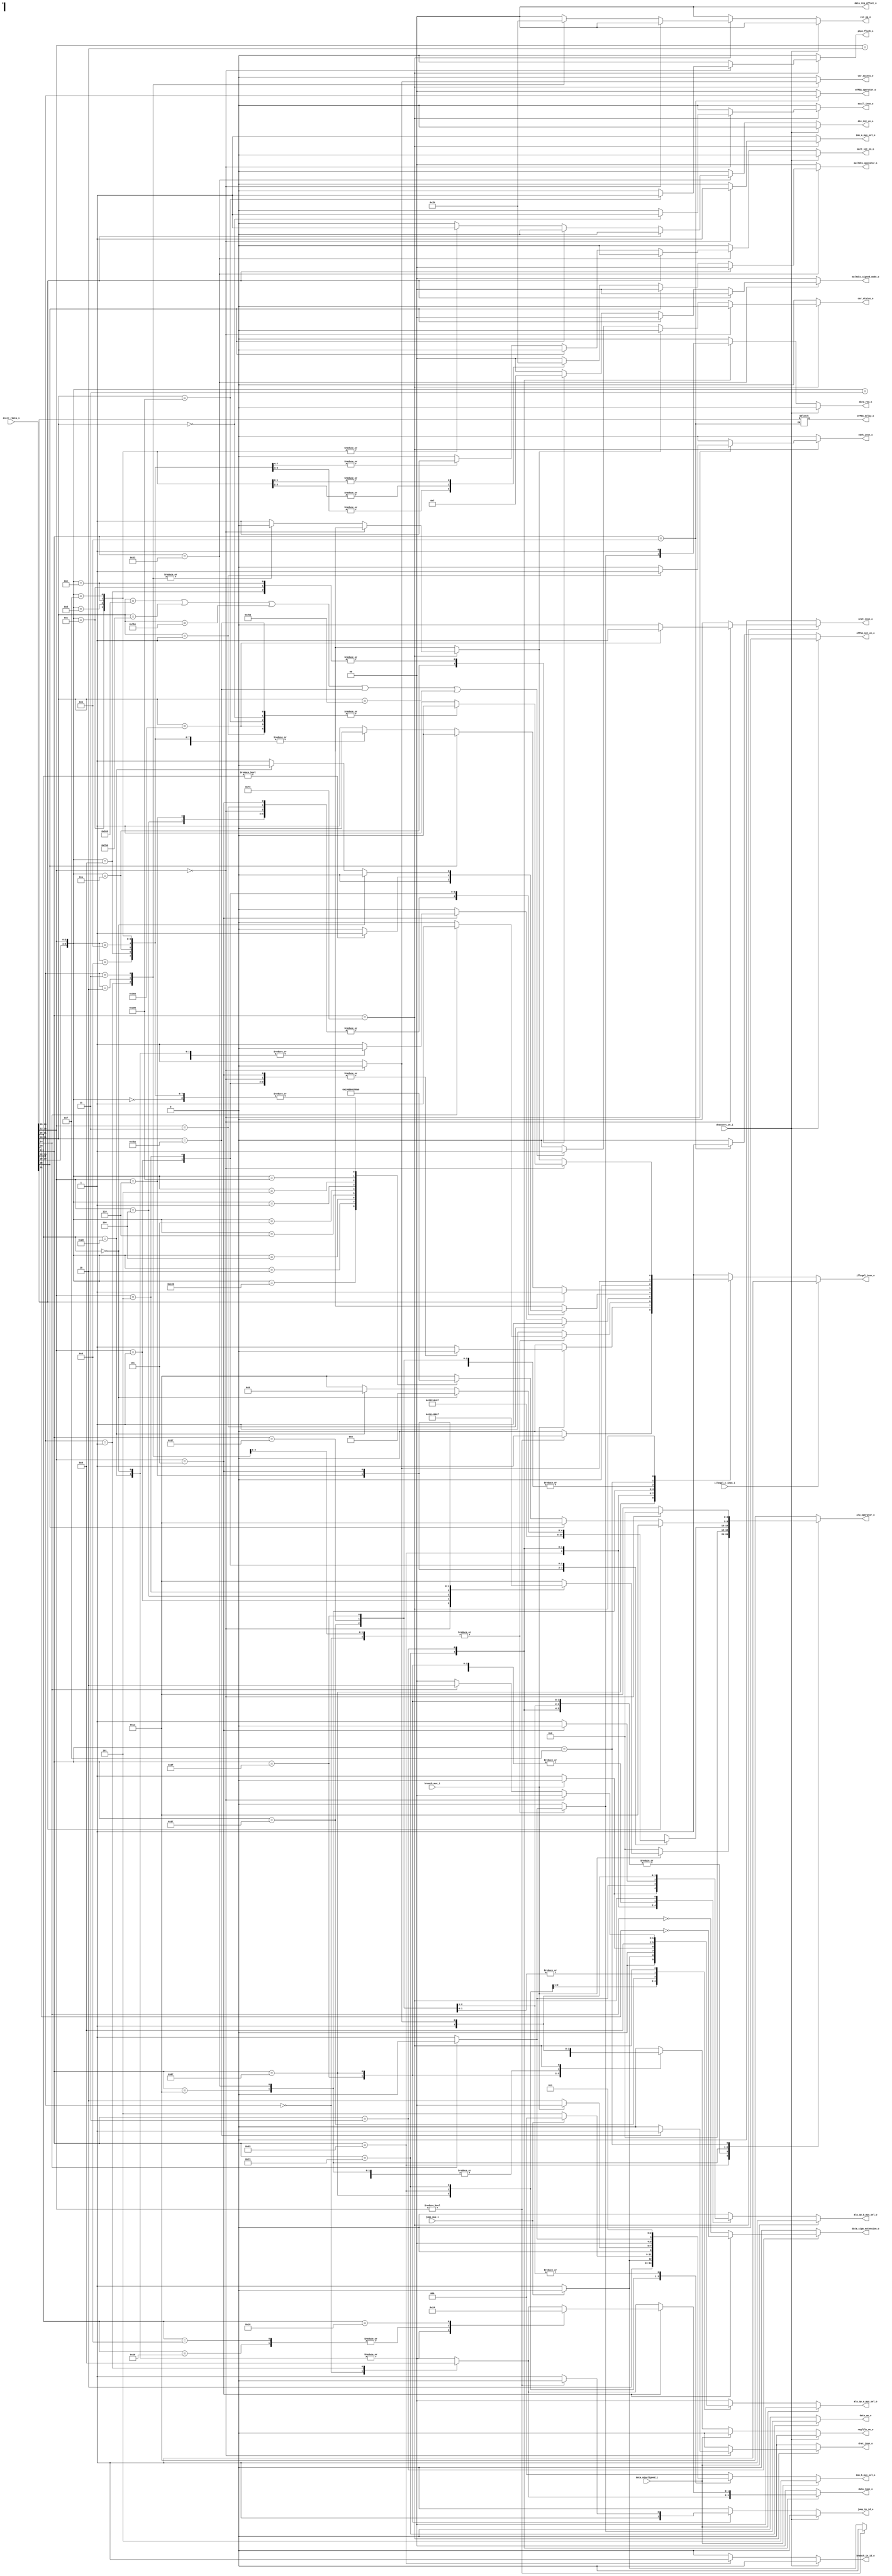
// Copyright lowRISC contributors.
// Copyright 2017 ETH Zurich and University of Bologna.
// Licensed under the Apache License, Version 2.0, see LICENSE for details.
// SPDX-License-Identifier: Apache-2.0

////////////////////////////////////////////////////////////////////////////////
//                                                                            //
// Additional contributions by:                                               //
//                 Sven Stucki - svstucki@student.ethz.ch                     //
//                                                                            //
//                                                                            //
// Design Name:    RISC-V processor core                                      //
// Project Name:   ibex                                                       //
// Language:       SystemVerilog                                              //
//                                                                            //
// Description:    Defines for various constants used by the processor core.  //
//                                                                            //
////////////////////////////////////////////////////////////////////////////////

module ibex_decoder (
	deassert_we_i,
	data_misaligned_i,
	branch_mux_i,
	jump_mux_i,
	illegal_insn_o,
	ebrk_insn_o,
	mret_insn_o,
	dret_insn_o,
	ecall_insn_o,
	pipe_flush_o,
	instr_rdata_i,
	illegal_c_insn_i,
	alu_operator_o,
	alu_op_a_mux_sel_o,
	alu_op_b_mux_sel_o,
	imm_a_mux_sel_o,
	imm_b_mux_sel_o,
	mult_int_en_o,
	div_int_en_o,
	multdiv_operator_o,
	multdiv_signed_mode_o,
	regfile_we_o,
	csr_access_o,
	csr_op_o,
	csr_status_o,
	data_req_o,
	data_we_o,
	data_type_o,
	data_sign_extension_o,
	data_reg_offset_o,
	jump_in_id_o,
	branch_in_id_o,
	eFPGA_operator_o,
	eFPGA_int_en_o,
	eFPGA_delay_o
);
	parameter [0:0] RV32M = 1;
	input wire deassert_we_i;
	input wire data_misaligned_i;
	input wire branch_mux_i;
	input wire jump_mux_i;
	output reg illegal_insn_o;
	output reg ebrk_insn_o;
	output reg mret_insn_o;
	output reg dret_insn_o;
	output reg ecall_insn_o;
	output reg pipe_flush_o;
	input wire [31:0] instr_rdata_i;
	input wire illegal_c_insn_i;
	output reg [4:0] alu_operator_o;
	output reg [1:0] alu_op_a_mux_sel_o;
	output reg alu_op_b_mux_sel_o;
	output reg imm_a_mux_sel_o;
	output reg [2:0] imm_b_mux_sel_o;
	output wire mult_int_en_o;
	output wire div_int_en_o;
	output reg [1:0] multdiv_operator_o;
	output reg [1:0] multdiv_signed_mode_o;
	output wire regfile_we_o;
	output reg csr_access_o;
	output wire [1:0] csr_op_o;
	output reg csr_status_o;
	output wire data_req_o;
	output reg data_we_o;
	output reg [1:0] data_type_o;
	output reg data_sign_extension_o;
	output reg [1:0] data_reg_offset_o;
	output wire jump_in_id_o;
	output wire branch_in_id_o;
	output reg [1:0] eFPGA_operator_o;
	output wire eFPGA_int_en_o;
	output reg [3:0] eFPGA_delay_o;
	reg regfile_we;
	reg data_req;
	reg mult_int_en;
	reg div_int_en;
	reg branch_in_id;
	reg jump_in_id;
	reg eFPGA_int_en;
	reg [1:0] csr_op;
	reg csr_illegal;
	reg [6:0] opcode;
	localparam [4:0] ibex_defines_ALU_ADD = 0;
	localparam [4:0] ibex_defines_ALU_AND = 4;
	localparam [4:0] ibex_defines_ALU_EQ = 16;
	localparam [4:0] ibex_defines_ALU_GE = 14;
	localparam [4:0] ibex_defines_ALU_GEU = 15;
	localparam [4:0] ibex_defines_ALU_LT = 8;
	localparam [4:0] ibex_defines_ALU_LTU = 9;
	localparam [4:0] ibex_defines_ALU_NE = 17;
	localparam [4:0] ibex_defines_ALU_OR = 3;
	localparam [4:0] ibex_defines_ALU_SLL = 7;
	localparam [4:0] ibex_defines_ALU_SLT = 18;
	localparam [4:0] ibex_defines_ALU_SLTU = 19;
	localparam [4:0] ibex_defines_ALU_SRA = 5;
	localparam [4:0] ibex_defines_ALU_SRL = 6;
	localparam [4:0] ibex_defines_ALU_SUB = 1;
	localparam [4:0] ibex_defines_ALU_XOR = 2;
	localparam [11:0] ibex_defines_CSR_DCSR = 12'h7b0;
	localparam [11:0] ibex_defines_CSR_DPC = 12'h7b1;
	localparam [11:0] ibex_defines_CSR_DSCRATCH0 = 12'h7b2;
	localparam [11:0] ibex_defines_CSR_DSCRATCH1 = 12'h7b3;
	localparam [11:0] ibex_defines_CSR_MSTATUS = 12'h300;
	localparam [1:0] ibex_defines_CSR_OP_CLEAR = 3;
	localparam [1:0] ibex_defines_CSR_OP_NONE = 0;
	localparam [1:0] ibex_defines_CSR_OP_SET = 2;
	localparam [1:0] ibex_defines_CSR_OP_WRITE = 1;
	localparam [0:0] ibex_defines_IMM_A_Z = 0;
	localparam [0:0] ibex_defines_IMM_A_ZERO = 1;
	localparam [2:0] ibex_defines_IMM_B_B = 2;
	localparam [2:0] ibex_defines_IMM_B_I = 0;
	localparam [2:0] ibex_defines_IMM_B_J = 4;
	localparam [2:0] ibex_defines_IMM_B_PCINCR = 5;
	localparam [2:0] ibex_defines_IMM_B_S = 1;
	localparam [2:0] ibex_defines_IMM_B_U = 3;
	localparam [1:0] ibex_defines_MD_OP_DIV = 2;
	localparam [1:0] ibex_defines_MD_OP_MULH = 1;
	localparam [1:0] ibex_defines_MD_OP_MULL = 0;
	localparam [1:0] ibex_defines_MD_OP_REM = 3;
	localparam [6:0] ibex_defines_OPCODE_AUIPC = 7'h17;
	localparam [6:0] ibex_defines_OPCODE_BRANCH = 7'h63;
	localparam [6:0] ibex_defines_OPCODE_FENCE = 7'h0f;
	localparam [6:0] ibex_defines_OPCODE_JAL = 7'h6f;
	localparam [6:0] ibex_defines_OPCODE_JALR = 7'h67;
	localparam [6:0] ibex_defines_OPCODE_LOAD = 7'h03;
	localparam [6:0] ibex_defines_OPCODE_LUI = 7'h37;
	localparam [6:0] ibex_defines_OPCODE_OP = 7'h33;
	localparam [6:0] ibex_defines_OPCODE_OPIMM = 7'h13;
	localparam [6:0] ibex_defines_OPCODE_STORE = 7'h23;
	localparam [6:0] ibex_defines_OPCODE_SYSTEM = 7'h73;
	localparam [6:0] ibex_defines_OPCODE_eFPGA = 7'h0b;
	localparam [1:0] ibex_defines_OP_A_CURRPC = 1;
	localparam [1:0] ibex_defines_OP_A_IMM = 2;
	localparam [1:0] ibex_defines_OP_A_REGA_OR_FWD = 0;
	localparam [0:0] ibex_defines_OP_B_IMM = 1;
	localparam [0:0] ibex_defines_OP_B_REGB_OR_FWD = 0;
	always @(*) begin
		jump_in_id = 1'b0;
		branch_in_id = 1'b0;
		alu_operator_o = ibex_defines_ALU_SLTU;
		alu_op_a_mux_sel_o = ibex_defines_OP_A_REGA_OR_FWD;
		alu_op_b_mux_sel_o = ibex_defines_OP_B_REGB_OR_FWD;
		imm_a_mux_sel_o = ibex_defines_IMM_A_ZERO;
		imm_b_mux_sel_o = ibex_defines_IMM_B_I;
		mult_int_en = 1'b0;
		div_int_en = 1'b0;
		multdiv_operator_o = ibex_defines_MD_OP_MULL;
		multdiv_signed_mode_o = 2'b00;
		eFPGA_int_en = 1'b0;
		eFPGA_operator_o = 2'b00;
		regfile_we = 1'b0;
		csr_access_o = 1'b0;
		csr_status_o = 1'b0;
		csr_illegal = 1'b0;
		csr_op = ibex_defines_CSR_OP_NONE;
		data_we_o = 1'b0;
		data_type_o = 2'b00;
		data_sign_extension_o = 1'b0;
		data_reg_offset_o = 2'b00;
		data_req = 1'b0;
		illegal_insn_o = 1'b0;
		ebrk_insn_o = 1'b0;
		mret_insn_o = 1'b0;
		dret_insn_o = 1'b0;
		ecall_insn_o = 1'b0;
		pipe_flush_o = 1'b0;
		opcode = instr_rdata_i[6:0];
		case (opcode)
			ibex_defines_OPCODE_JAL: begin
				jump_in_id = 1'b1;
				if (jump_mux_i) begin
					alu_op_a_mux_sel_o = ibex_defines_OP_A_CURRPC;
					alu_op_b_mux_sel_o = ibex_defines_OP_B_IMM;
					imm_b_mux_sel_o = ibex_defines_IMM_B_J;
					alu_operator_o = ibex_defines_ALU_ADD;
					regfile_we = 1'b0;
				end
				else begin
					alu_op_a_mux_sel_o = ibex_defines_OP_A_CURRPC;
					alu_op_b_mux_sel_o = ibex_defines_OP_B_IMM;
					imm_b_mux_sel_o = ibex_defines_IMM_B_PCINCR;
					alu_operator_o = ibex_defines_ALU_ADD;
					regfile_we = 1'b1;
				end
			end
			ibex_defines_OPCODE_JALR: begin
				jump_in_id = 1'b1;
				if (jump_mux_i) begin
					alu_op_a_mux_sel_o = ibex_defines_OP_A_REGA_OR_FWD;
					alu_op_b_mux_sel_o = ibex_defines_OP_B_IMM;
					imm_b_mux_sel_o = ibex_defines_IMM_B_I;
					alu_operator_o = ibex_defines_ALU_ADD;
					regfile_we = 1'b0;
				end
				else begin
					alu_op_a_mux_sel_o = ibex_defines_OP_A_CURRPC;
					alu_op_b_mux_sel_o = ibex_defines_OP_B_IMM;
					imm_b_mux_sel_o = ibex_defines_IMM_B_PCINCR;
					alu_operator_o = ibex_defines_ALU_ADD;
					regfile_we = 1'b1;
				end
				if (instr_rdata_i[14:12] != 3'b000) begin
					jump_in_id = 1'b0;
					regfile_we = 1'b0;
					illegal_insn_o = 1'b1;
				end
			end
			ibex_defines_OPCODE_BRANCH: begin
				branch_in_id = 1'b1;
				if (branch_mux_i)
					case (instr_rdata_i[14:12])
						3'b000: alu_operator_o = ibex_defines_ALU_EQ;
						3'b001: alu_operator_o = ibex_defines_ALU_NE;
						3'b100: alu_operator_o = ibex_defines_ALU_LT;
						3'b101: alu_operator_o = ibex_defines_ALU_GE;
						3'b110: alu_operator_o = ibex_defines_ALU_LTU;
						3'b111: alu_operator_o = ibex_defines_ALU_GEU;
						default: illegal_insn_o = 1'b1;
					endcase
				else begin
					alu_op_a_mux_sel_o = ibex_defines_OP_A_CURRPC;
					alu_op_b_mux_sel_o = ibex_defines_OP_B_IMM;
					imm_b_mux_sel_o = ibex_defines_IMM_B_B;
					alu_operator_o = ibex_defines_ALU_ADD;
					regfile_we = 1'b0;
				end
			end
			ibex_defines_OPCODE_STORE: begin
				data_req = 1'b1;
				data_we_o = 1'b1;
				alu_operator_o = ibex_defines_ALU_ADD;
				if (!instr_rdata_i[14]) begin
					imm_b_mux_sel_o = ibex_defines_IMM_B_S;
					alu_op_b_mux_sel_o = ibex_defines_OP_B_IMM;
				end
				else begin
					data_req = 1'b0;
					data_we_o = 1'b0;
					illegal_insn_o = 1'b1;
				end
				case (instr_rdata_i[13:12])
					2'b00: data_type_o = 2'b10;
					2'b01: data_type_o = 2'b01;
					2'b10: data_type_o = 2'b00;
					default: begin
						data_req = 1'b0;
						data_we_o = 1'b0;
						illegal_insn_o = 1'b1;
					end
				endcase
			end
			ibex_defines_OPCODE_LOAD: begin
				data_req = 1'b1;
				regfile_we = 1'b1;
				data_type_o = 2'b00;
				alu_operator_o = ibex_defines_ALU_ADD;
				alu_op_b_mux_sel_o = ibex_defines_OP_B_IMM;
				imm_b_mux_sel_o = ibex_defines_IMM_B_I;
				data_sign_extension_o = ~instr_rdata_i[14];
				case (instr_rdata_i[13:12])
					2'b00: data_type_o = 2'b10;
					2'b01: data_type_o = 2'b01;
					2'b10: data_type_o = 2'b00;
					default: data_type_o = 2'b00;
				endcase
				if (instr_rdata_i[14:12] == 3'b111) begin
					alu_op_b_mux_sel_o = ibex_defines_OP_B_REGB_OR_FWD;
					data_sign_extension_o = ~instr_rdata_i[30];
					case (instr_rdata_i[31:25])
						7'b0000000, 7'b0100000: data_type_o = 2'b10;
						7'b0001000, 7'b0101000: data_type_o = 2'b01;
						7'b0010000: data_type_o = 2'b00;
						default: illegal_insn_o = 1'b1;
					endcase
				end
				if (instr_rdata_i[14:12] == 3'b011)
					illegal_insn_o = 1'b1;
			end
			ibex_defines_OPCODE_LUI: begin
				alu_op_a_mux_sel_o = ibex_defines_OP_A_IMM;
				alu_op_b_mux_sel_o = ibex_defines_OP_B_IMM;
				imm_a_mux_sel_o = ibex_defines_IMM_A_ZERO;
				imm_b_mux_sel_o = ibex_defines_IMM_B_U;
				alu_operator_o = ibex_defines_ALU_ADD;
				regfile_we = 1'b1;
			end
			ibex_defines_OPCODE_AUIPC: begin
				alu_op_a_mux_sel_o = ibex_defines_OP_A_CURRPC;
				alu_op_b_mux_sel_o = ibex_defines_OP_B_IMM;
				imm_b_mux_sel_o = ibex_defines_IMM_B_U;
				alu_operator_o = ibex_defines_ALU_ADD;
				regfile_we = 1'b1;
			end
			ibex_defines_OPCODE_OPIMM: begin
				alu_op_b_mux_sel_o = ibex_defines_OP_B_IMM;
				imm_b_mux_sel_o = ibex_defines_IMM_B_I;
				regfile_we = 1'b1;
				case (instr_rdata_i[14:12])
					3'b000: alu_operator_o = ibex_defines_ALU_ADD;
					3'b010: alu_operator_o = ibex_defines_ALU_SLT;
					3'b011: alu_operator_o = ibex_defines_ALU_SLTU;
					3'b100: alu_operator_o = ibex_defines_ALU_XOR;
					3'b110: alu_operator_o = ibex_defines_ALU_OR;
					3'b111: alu_operator_o = ibex_defines_ALU_AND;
					3'b001: begin
						alu_operator_o = ibex_defines_ALU_SLL;
						if (instr_rdata_i[31:25] != 7'b0000000)
							illegal_insn_o = 1'b1;
					end
					3'b101:
						if (instr_rdata_i[31:25] == 7'b0000000)
							alu_operator_o = ibex_defines_ALU_SRL;
						else if (instr_rdata_i[31:25] == 7'b0100000)
							alu_operator_o = ibex_defines_ALU_SRA;
						else
							illegal_insn_o = 1'b1;
					default:
						;
				endcase
			end
			ibex_defines_OPCODE_OP: begin
				regfile_we = 1'b1;
				if (instr_rdata_i[31])
					illegal_insn_o = 1'b1;
				else if (!instr_rdata_i[28])
					case ({instr_rdata_i[30:25], instr_rdata_i[14:12]})
						9'b000000000: alu_operator_o = ibex_defines_ALU_ADD;
						9'b100000000: alu_operator_o = ibex_defines_ALU_SUB;
						9'b000000010: alu_operator_o = ibex_defines_ALU_SLT;
						9'b000000011: alu_operator_o = ibex_defines_ALU_SLTU;
						9'b000000100: alu_operator_o = ibex_defines_ALU_XOR;
						9'b000000110: alu_operator_o = ibex_defines_ALU_OR;
						9'b000000111: alu_operator_o = ibex_defines_ALU_AND;
						9'b000000001: alu_operator_o = ibex_defines_ALU_SLL;
						9'b000000101: alu_operator_o = ibex_defines_ALU_SRL;
						9'b100000101: alu_operator_o = ibex_defines_ALU_SRA;
						9'b000001000: begin
							alu_operator_o = ibex_defines_ALU_ADD;
							multdiv_operator_o = ibex_defines_MD_OP_MULL;
							mult_int_en = 1'b1;
							multdiv_signed_mode_o = 2'b00;
							illegal_insn_o = (RV32M ? 1'b0 : 1'b1);
						end
						9'b000001001: begin
							alu_operator_o = ibex_defines_ALU_ADD;
							multdiv_operator_o = ibex_defines_MD_OP_MULH;
							mult_int_en = 1'b1;
							multdiv_signed_mode_o = 2'b11;
							illegal_insn_o = (RV32M ? 1'b0 : 1'b1);
						end
						9'b000001010: begin
							alu_operator_o = ibex_defines_ALU_ADD;
							multdiv_operator_o = ibex_defines_MD_OP_MULH;
							mult_int_en = 1'b1;
							multdiv_signed_mode_o = 2'b01;
							illegal_insn_o = (RV32M ? 1'b0 : 1'b1);
						end
						9'b000001011: begin
							alu_operator_o = ibex_defines_ALU_ADD;
							multdiv_operator_o = ibex_defines_MD_OP_MULH;
							mult_int_en = 1'b1;
							multdiv_signed_mode_o = 2'b00;
							illegal_insn_o = (RV32M ? 1'b0 : 1'b1);
						end
						9'b000001100: begin
							alu_operator_o = ibex_defines_ALU_ADD;
							multdiv_operator_o = ibex_defines_MD_OP_DIV;
							div_int_en = 1'b1;
							multdiv_signed_mode_o = 2'b11;
							illegal_insn_o = (RV32M ? 1'b0 : 1'b1);
						end
						9'b000001101: begin
							alu_operator_o = ibex_defines_ALU_ADD;
							multdiv_operator_o = ibex_defines_MD_OP_DIV;
							div_int_en = 1'b1;
							multdiv_signed_mode_o = 2'b00;
							illegal_insn_o = (RV32M ? 1'b0 : 1'b1);
						end
						9'b000001110: begin
							alu_operator_o = ibex_defines_ALU_ADD;
							multdiv_operator_o = ibex_defines_MD_OP_REM;
							div_int_en = 1'b1;
							multdiv_signed_mode_o = 2'b11;
							illegal_insn_o = (RV32M ? 1'b0 : 1'b1);
						end
						9'b000001111: begin
							alu_operator_o = ibex_defines_ALU_ADD;
							multdiv_operator_o = ibex_defines_MD_OP_REM;
							div_int_en = 1'b1;
							multdiv_signed_mode_o = 2'b00;
							illegal_insn_o = (RV32M ? 1'b0 : 1'b1);
						end
						default: illegal_insn_o = 1'b1;
					endcase
			end
			ibex_defines_OPCODE_eFPGA: begin
				regfile_we = 1'b1;
				eFPGA_operator_o = instr_rdata_i[13:12];
				eFPGA_delay_o = instr_rdata_i[28:25];
				eFPGA_int_en = 1'b1;
			end
			ibex_defines_OPCODE_FENCE:
				if (instr_rdata_i[14:12] == 3'b000) begin
					alu_operator_o = ibex_defines_ALU_ADD;
					regfile_we = 1'b0;
				end
				else
					illegal_insn_o = 1'b1;
			ibex_defines_OPCODE_SYSTEM:
				if (instr_rdata_i[14:12] == 3'b000)
					case (instr_rdata_i[31:20])
						12'h000: ecall_insn_o = 1'b1;
						12'h001: ebrk_insn_o = 1'b1;
						12'h302: mret_insn_o = 1'b1;
						12'h7b2: dret_insn_o = 1'b1;
						12'h105: pipe_flush_o = 1'b1;
						default: illegal_insn_o = 1'b1;
					endcase
				else begin
					csr_access_o = 1'b1;
					regfile_we = 1'b1;
					alu_op_b_mux_sel_o = ibex_defines_OP_B_IMM;
					imm_a_mux_sel_o = ibex_defines_IMM_A_Z;
					imm_b_mux_sel_o = ibex_defines_IMM_B_I;
					if (instr_rdata_i[14])
						alu_op_a_mux_sel_o = ibex_defines_OP_A_IMM;
					else
						alu_op_a_mux_sel_o = ibex_defines_OP_A_REGA_OR_FWD;
					case (instr_rdata_i[13:12])
						2'b01: csr_op = ibex_defines_CSR_OP_WRITE;
						2'b10: csr_op = ibex_defines_CSR_OP_SET;
						2'b11: csr_op = ibex_defines_CSR_OP_CLEAR;
						default: csr_illegal = 1'b1;
					endcase
					if (!csr_illegal)
						if (((((instr_rdata_i[31:20] == ibex_defines_CSR_MSTATUS) || (instr_rdata_i[31:20] == ibex_defines_CSR_DCSR)) || (instr_rdata_i[31:20] == ibex_defines_CSR_DPC)) || (instr_rdata_i[31:20] == ibex_defines_CSR_DSCRATCH0)) || (instr_rdata_i[31:20] == ibex_defines_CSR_DSCRATCH1))
							csr_status_o = 1'b1;
					illegal_insn_o = csr_illegal;
				end
			default: illegal_insn_o = 1'b1;
		endcase
		if (illegal_c_insn_i)
			illegal_insn_o = 1'b1;
		if (data_misaligned_i) begin
			alu_op_a_mux_sel_o = ibex_defines_OP_A_REGA_OR_FWD;
			alu_op_b_mux_sel_o = ibex_defines_OP_B_IMM;
			imm_b_mux_sel_o = ibex_defines_IMM_B_PCINCR;
			regfile_we = 1'b0;
		end
	end
	assign regfile_we_o = (deassert_we_i ? 1'b0 : regfile_we);
	assign mult_int_en_o = (RV32M ? (deassert_we_i ? 1'b0 : mult_int_en) : 1'b0);
	assign div_int_en_o = (RV32M ? (deassert_we_i ? 1'b0 : div_int_en) : 1'b0);
	assign data_req_o = (deassert_we_i ? 1'b0 : data_req);
	assign csr_op_o = (deassert_we_i ? ibex_defines_CSR_OP_NONE : csr_op);
	assign jump_in_id_o = (deassert_we_i ? 1'b0 : jump_in_id);
	assign branch_in_id_o = (deassert_we_i ? 1'b0 : branch_in_id);
	assign eFPGA_int_en_o = (deassert_we_i ? 1'b0 : eFPGA_int_en);
endmodule